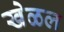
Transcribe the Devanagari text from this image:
खेळल